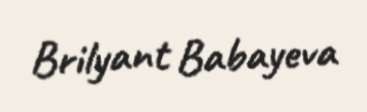
Brilyant Babayeva